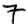
Digit: 7